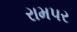
રામપર